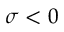
\sigma < 0